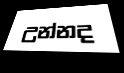
උන්නද